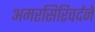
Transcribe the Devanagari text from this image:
अमरसिरिवर्दने